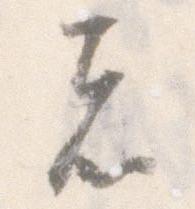
者